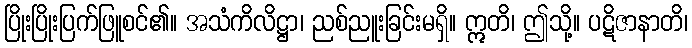
ပြိုးပြိုးပြက်ဖြူစင်၏။ အသံကိလိဋ္ဌာ၊ ညစ်ညူးခြင်းမရှိ။ ဣတိ၊ ဤသို့။ ပဋိဇာနာတိ၊